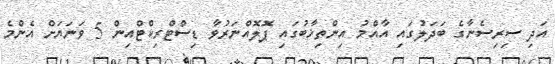
އަދި ސިރިސެނާގެ ބަދަލުގައި އާއްމު އިންތިޚާބުގައި ޕޮލޮއްނަރުވާ ޑިސްޓްރިކްޓްއިން 5 ވަނަޔަށް އެންމެ